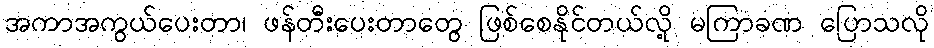
အကာအကွယ်ပေးတာ၊ ဖန်တီးပေးတာတွေ ဖြစ်စေနိုင်တယ်လို့ မကြာခဏ ပြောသလို